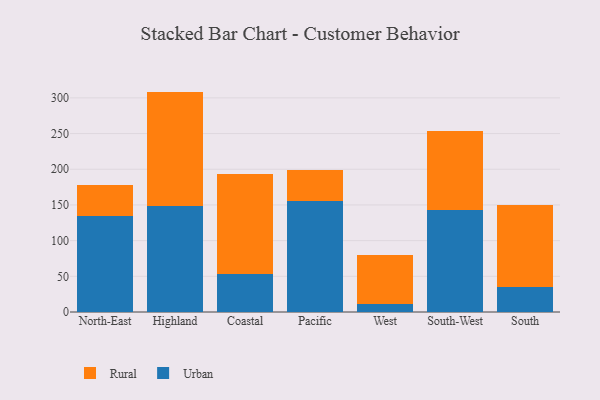
{"axis": {"x": "Region", "y": "Bounce Rate (%)"}, "legend": ["Rural", "Urban"], "data": [{"x": "North-East", "y": 135.1, "type": "Urban"}, {"x": "North-East", "y": 43.1, "type": "Rural"}, {"x": "Highland", "y": 149.2, "type": "Urban"}, {"x": "Highland", "y": 159.6, "type": "Rural"}, {"x": "Coastal", "y": 53.0, "type": "Urban"}, {"x": "Coastal", "y": 140.2, "type": "Rural"}, {"x": "Pacific", "y": 155.3, "type": "Urban"}, {"x": "Pacific", "y": 43.3, "type": "Rural"}, {"x": "West", "y": 11.0, "type": "Urban"}, {"x": "West", "y": 68.8, "type": "Rural"}, {"x": "South-West", "y": 142.7, "type": "Urban"}, {"x": "South-West", "y": 111.0, "type": "Rural"}, {"x": "South", "y": 34.7, "type": "Urban"}, {"x": "South", "y": 115.5, "type": "Rural"}]}